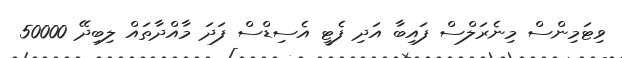
ވިޓަމިންސް މިނެރަލްސް ފައިބާ އަދި ފެޓީ އެސިޑްސް ފަދަ މާއްދާތައް ލިބިދޭ 50000